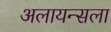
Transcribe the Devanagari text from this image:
अलायन्सला